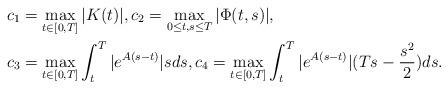
LaTeX: \begin{align*}& c_1= \max_{t\in [0,T]} |K(t)|,c_2= \max_{0\le t,s \le T}|\Phi (t,s)|, \\&c_3= \max_{t\in [0,T]} \int_t^T|e^{A (s-t)}|sds, c_4= \max_{t\in [0,T]}\int_t^T |e^{A(s-t)}| (Ts-\frac{s^2}{2}) ds.\end{align*}